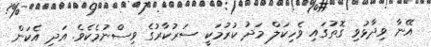
އޭނާ ވިދާޅުވި ގޮތުގައި ވެހިކަލް މަދު ކުރުމަކީ ސަރުކާރުގެ ވިސްނުމެކެވެ. އަދި އެކަން